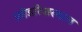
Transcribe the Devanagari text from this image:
फ्रीडरिशस्थाल